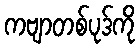
ကဗျာတစ်ပုဒ်ကို